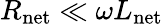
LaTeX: R_{\mathrm{net}}\ll\omega L_{\mathrm{net}}